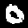
Digit: 0